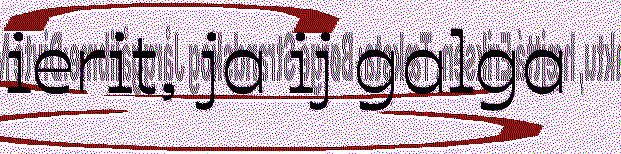
ierit, ja ij galga